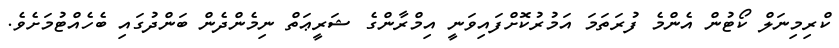
ކްރިމިނަލް ކޯޓުން އެންމެ ފުރަތަމަ އަމުރުކޮށްފައިވަނީ އިމްރާންގެ ޝަރީޢަތް ނިމެންދެން ބަންދުގައި ބެހެއްޓުމަށެވެ.